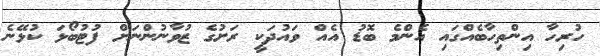
ހުރިހާ އިންތިހާބެއްގައި އެންމެ ބޮޑު އެއް ވައުދަކީ ރަށުގެ ޒުވާނުންނަށް ފުޓުބޯޅަ ކުޅޭނެ